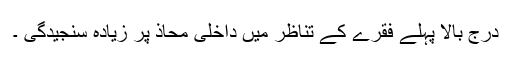
درج بالا پہلے فقرے کے تناظر میں داخلی محاذ پر زیادہ سنجیدگی ۔